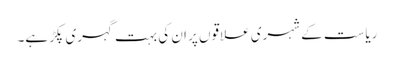
ریاست کے شہری علاقوں پر ان کی بہت گہری پکڑ ہے۔